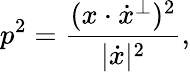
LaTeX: p^{2}={\frac{(x\cdot{\dot{x}}^{\perp})^{2}}{|{\dot{x}}|^{2}}},